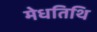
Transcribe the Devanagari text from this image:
मेधतिथि